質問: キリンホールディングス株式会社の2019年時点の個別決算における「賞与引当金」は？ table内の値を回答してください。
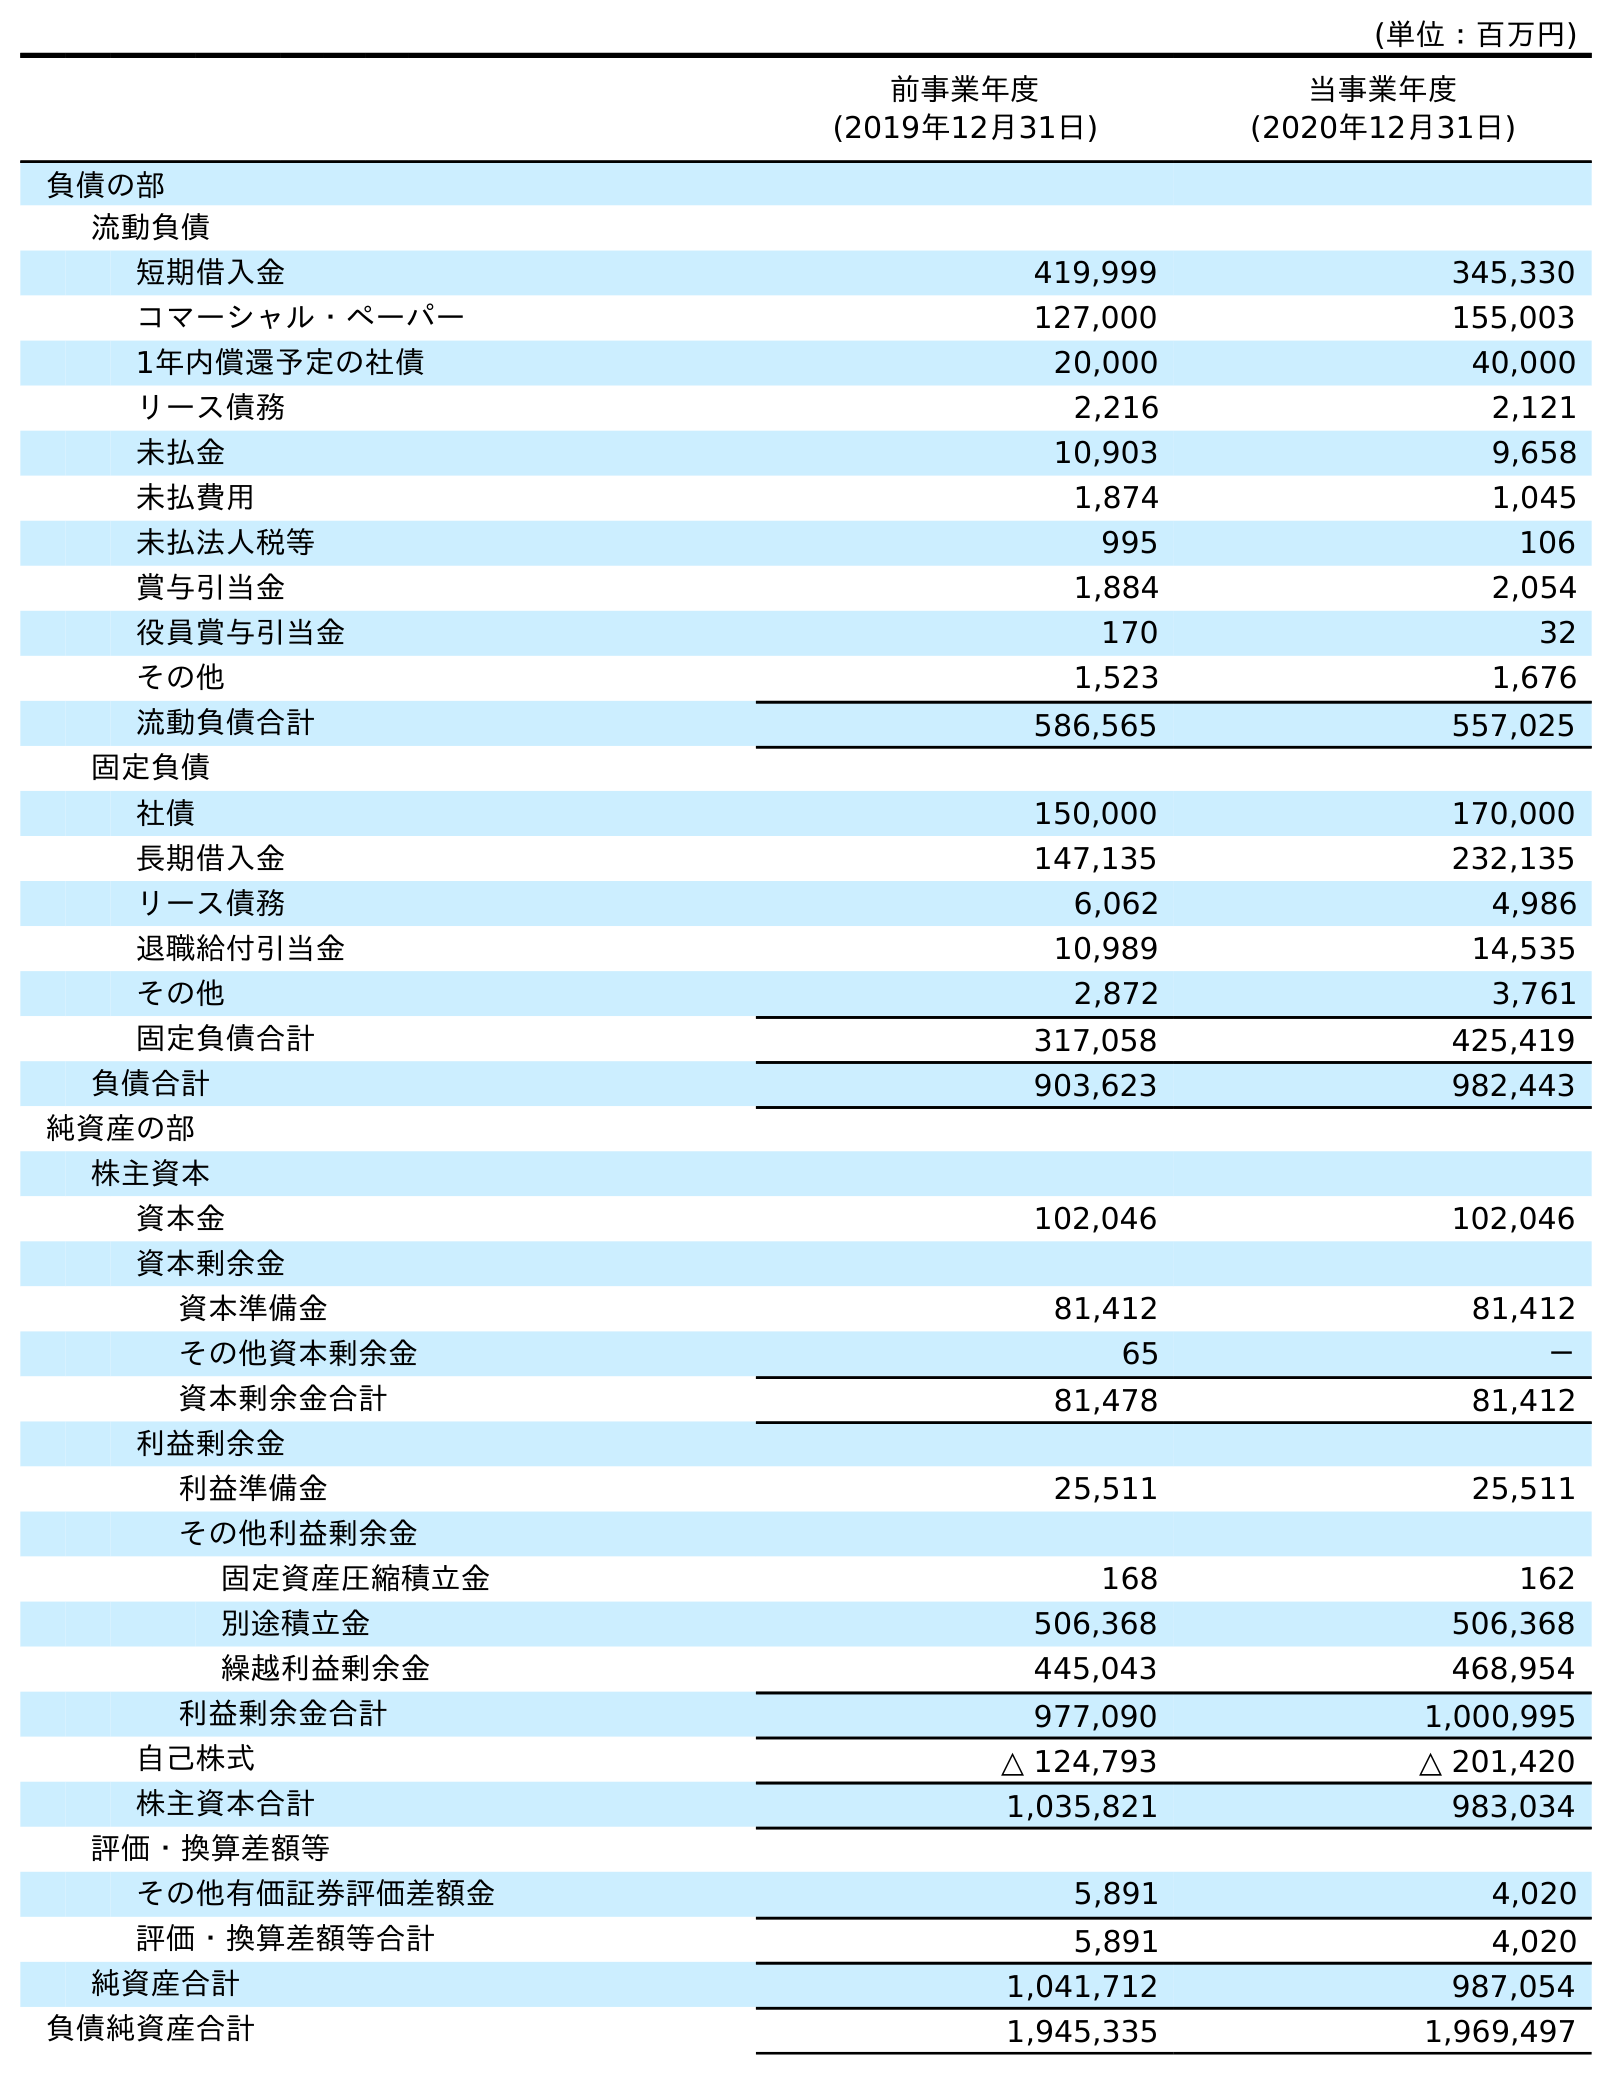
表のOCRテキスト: (単位：百万円) 前事業年度 (2019年12月31日) 当事業年度 (2020年12月31日) 負債の部 流動負債 短期借入金 419,999 345,330 コマーシャル・ペーパー 127,000 155,003 1年内償還予定の社債 20,000 40,000 リース債務 2,216 2,121 未払金 10,903 9,658 未払費用 1,874 1,045 未払法人税等 995 106 賞与引当金 1,884 2,054 役員賞与引当金 170 32 その他 1,523 1,676 流動負債合計 586,565 557,025 固定負債 社債 150,000 170,000 長期借入金 147,135 232,135 リース債務 6,062 4,986 退職給付引当金 10,989 14,535 その他 2,872 3,761 固定負債合計 317,058 425,419 負債合計 903,623 982,443 純資産の部 株主資本 資本金 102,046 102,046 資本剰余金 資本準備金 81,412 81,412 その他資本剰余金 65 － 資本剰余金合計 81,478 81,412 利益剰余金 利益準備金 25,511 25,511 その他利益剰余金 固定資産圧縮積立金 168 162 別途積立金 506,368 506,368 繰越利益剰余金 445,043 468,954 利益剰余金合計 977,090 1,000,995 自己株式 △ 124,793 △ 201,420 株主資本合計 1,035,821 983,034 評価・換算差額等 その他有価証券評価差額金 5,891 4,020 評価・換算差額等合計 5,891 4,020 純資産合計 1,041,712 987,054 負債純資産合計 1,945,335 1,969,497
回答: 1,884